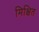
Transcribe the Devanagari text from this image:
मिक्षित